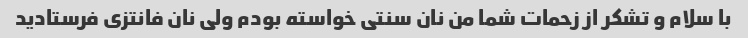
با سلام و تشکر از زحمات شما من نان سنتی خواسته بودم ولی نان فانتزی فرستادید